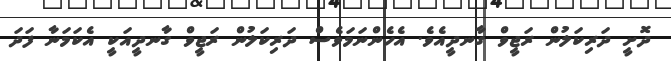
ދޮށީ ދަރިކަލުން ރަޖީވް ގާނދީއެވެ. އެހެންނަމަވެސް ދަރިކަލުން ރަޖީވް ގާނދީއަކީ އެކަމަނާ ފަދަ